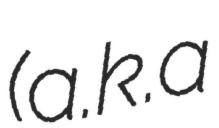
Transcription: (a.k.a